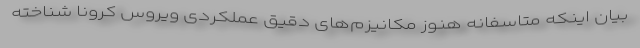
بیان اینکه متاسفانه هنوز مکانیزم‌های دقیق عملکردی ویروس کرونا شناخته